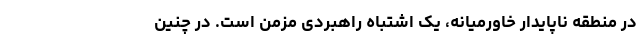
در منطقه ناپایدار خاورمیانه، یک اشتباه راهبردی مزمن است. در چنین